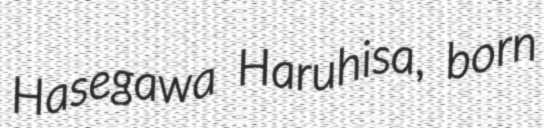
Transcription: Hasegawa Haruhisa, born